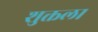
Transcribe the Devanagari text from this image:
शुक्तला